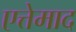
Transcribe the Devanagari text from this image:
एत्तेमाद